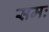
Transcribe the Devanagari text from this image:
समः